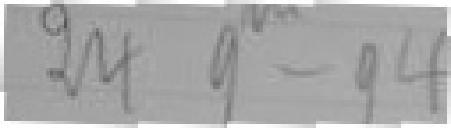
24 novembre 94